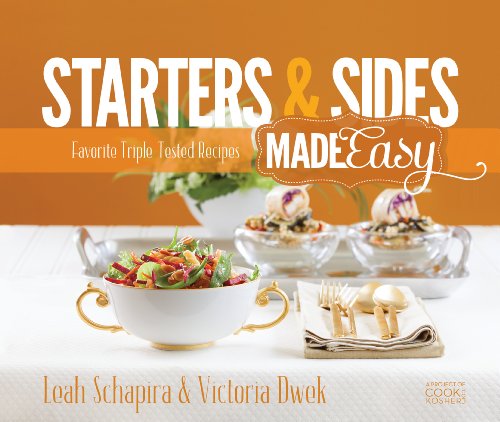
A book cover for Starters & Sides Made Easy: Favorite Triple-Tested Recipes; Leah Schapira; Cookbooks, Food & Wine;